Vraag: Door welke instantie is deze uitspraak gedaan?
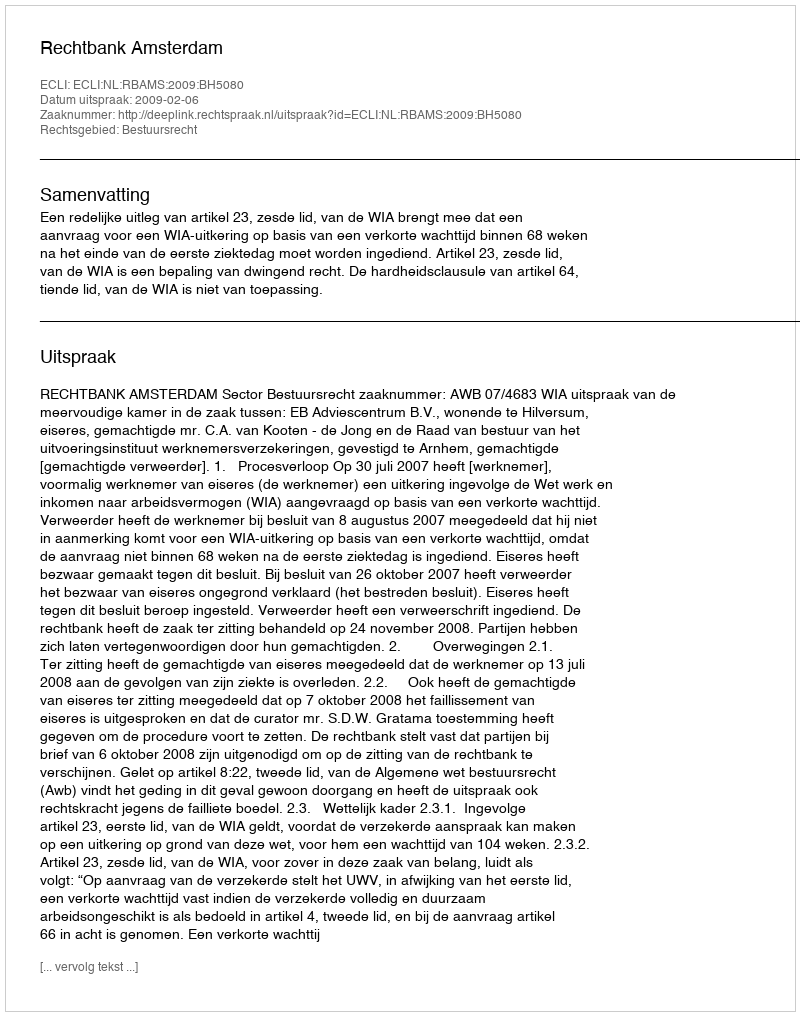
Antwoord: Rechtbank Amsterdam